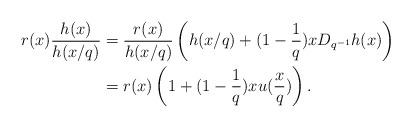
LaTeX: \begin{align*} r(x) \frac{h(x)}{h(x/q)} &= \frac{r(x)}{h(x/q)}\left( h(x/q) +(1- \frac{1}{q} ) xD_{q^{-1}} h(x)\right)\\& = r(x) \left(1 +(1- \frac{1}{q} ) x u(\frac{x}{q})\right).\end{align*}